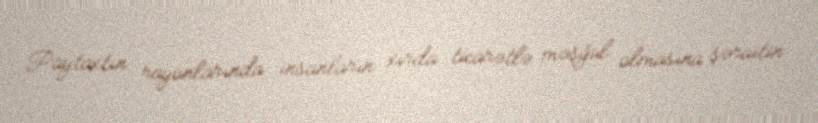
Paytaxtın rayonlarında insanların xırda ticarətlə məşğul olmasına şəraitin